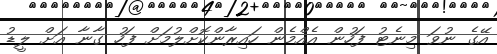
އޭގެ ނުވަ މިނެޓު ފަހުން އެއްމެން ހައިރާންކޮށްލުމަށް ފަހު ގާނާ އަށް ލީޑު